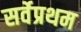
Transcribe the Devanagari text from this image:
सर्वेप्रथम